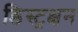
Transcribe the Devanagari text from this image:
डिस्ट्रक्षन